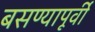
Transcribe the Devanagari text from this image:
बसण्यापूर्वी